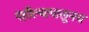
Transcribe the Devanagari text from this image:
पहील्यापासूनच